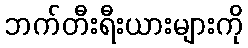
ဘက်တီးရီးယားများကို